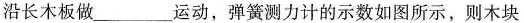
沿长木板做___运动，弹簧测力计的示数如图所示，则木块